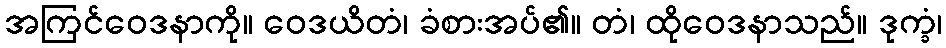
အကြင်ဝေဒနာကို။ ဝေဒယိတံ၊ ခံစားအပ်၏။ တံ၊ ထိုဝေဒနာသည်။ ဒုက္ခံ၊